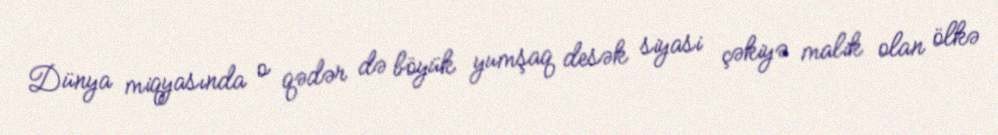
Dünya miqyasında o qədər də böyük yumşaq desək siyasi çəkiyə malik olan ölkə